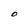
Character: O